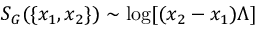
S _ { G } ( \{ x _ { 1 } , x _ { 2 } \} ) \sim \mathrm { l o g } [ ( x _ { 2 } - x _ { 1 } ) \Lambda ]